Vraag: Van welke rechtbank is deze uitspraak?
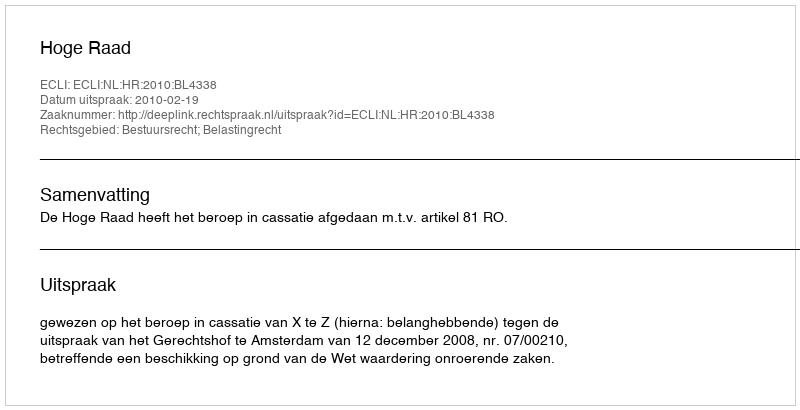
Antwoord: Hoge Raad